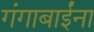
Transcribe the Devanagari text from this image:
गंगाबाईंना